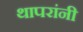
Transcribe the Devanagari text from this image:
थापरांनी